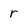
Character: r